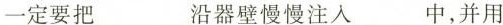
一定要把___沿器壁慢慢注入___中，并用